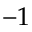
- 1